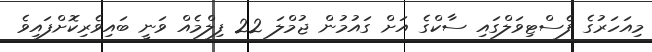
މިއަހަރުގެ ފެސްޓިވަލްގައި ސާކްގެ އަށް ގައުމުން ޖުމްލަ 22 ފިލްމެއް ވަނީ ބައިވެރިކޮށްފައިވެ